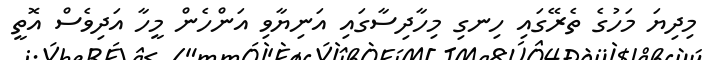
މިދިޔަ މަހުގެ ތެރޭގައި ހިނގި މިހާދިސާގައި އަނިޔާވި އަންހެން މީހާ އަދިވެސް އޮތީ